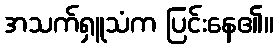
အသက်ရှူသံက ပြင်းနေ၏။